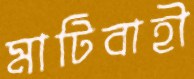
মাটিবাহী